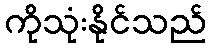
ကိုသုံးနိုင်သည်